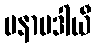
မနာပဒါယီ